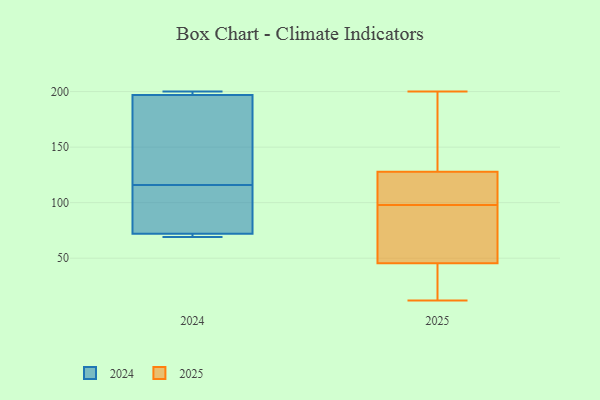
{"axis": {"x": "Humidity (%)", "y": "Value"}, "legend": ["2024", "2025"], "data": [{"x": "", "y": 197, "type": "2024"}, {"x": "", "y": 92, "type": "2024"}, {"x": "", "y": 70, "type": "2024"}, {"x": "", "y": 173, "type": "2024"}, {"x": "", "y": 72, "type": "2024"}, {"x": "", "y": 200, "type": "2024"}, {"x": "", "y": 69, "type": "2024"}, {"x": "", "y": 199, "type": "2024"}, {"x": "", "y": 140, "type": "2024"}, {"x": "", "y": 89, "type": "2024"}, {"x": "", "y": 12, "type": "2025"}, {"x": "", "y": 124, "type": "2025"}, {"x": "", "y": 59, "type": "2025"}, {"x": "", "y": 168, "type": "2025"}, {"x": "", "y": 75, "type": "2025"}, {"x": "", "y": 120, "type": "2025"}, {"x": "", "y": 41, "type": "2025"}, {"x": "", "y": 200, "type": "2025"}, {"x": "", "y": 98, "type": "2025"}, {"x": "", "y": 129, "type": "2025"}, {"x": "", "y": 12, "type": "2025"}]}